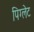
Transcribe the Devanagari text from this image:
पिग्लेट